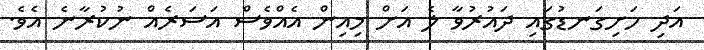
އަދި ހަށިގަނޑުގައި ދައުރުވާ ލެ އަށް މިއިން އެއްވެސް އަސަރެއް ނުކުރާނެ އެވެ.